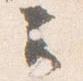
云